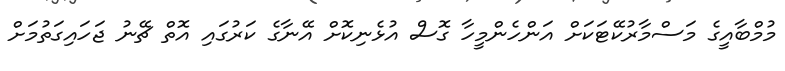
މުމްބާއީގެ މަސްމާރުކޭޓަކަށް އަންހެންމީހާ ގޮސް އުޅެނިކޮށް އޭނާގެ ކަރުގައި އޮތް ޗޭނު ޖަހައިގަތުމަށް